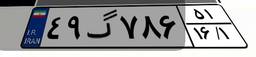
۴۹گ۷۸۶۵۱